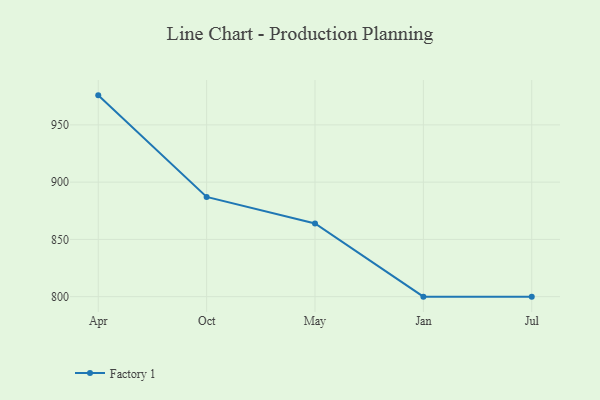
{"axis": {"x": "Month", "y": "Energy Usage (MWh)"}, "legend": ["Factory 1"], "data": [{"x": "Apr", "y": 975.8, "type": "Factory 1"}, {"x": "Oct", "y": 887.1, "type": "Factory 1"}, {"x": "May", "y": 863.9, "type": "Factory 1"}, {"x": "Jan", "y": 800, "type": "Factory 1"}, {"x": "Jul", "y": 800, "type": "Factory 1"}]}